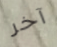
آخر